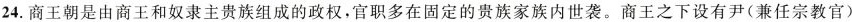
24.商王朝是由商王和奴隶主贵族组成的政权，官职多在固定的贵族家族内世袭。商王之下设有尹(兼任宗教官)